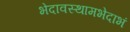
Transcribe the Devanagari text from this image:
भेदावस्थामभेदाभं